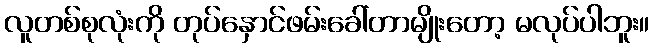
လူတစ်စုလုံးကို တုပ်နှောင်ဖမ်းခေါ်တာမျိုးတော့ မလုပ်ပါဘူး။